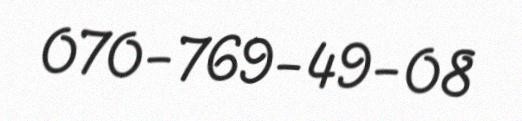
070-769-49-08